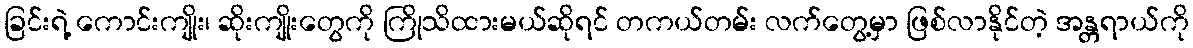
ခြင်းရဲ့ ကောင်းကျိုး၊ ဆိုးကျိုးတွေကို ကြိုသိထားမယ်ဆိုရင် တကယ်တမ်း လက်တွေ့မှာ ဖြစ်လာနိုင်တဲ့ အန္တရာယ်ကို